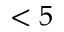
< 5